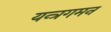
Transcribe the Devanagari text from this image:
यन्त्रगमन